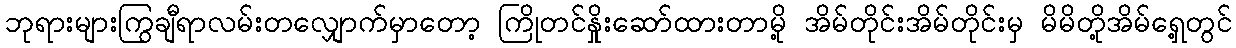
ဘုရားများကြွချီရာလမ်းတလျှောက်မှာတော့ ကြိုတင်နှိုးဆော်ထားတာမို့ အိမ်တိုင်းအိမ်တိုင်းမှ မိမိတို့အိမ်ရှေ့တွင်